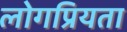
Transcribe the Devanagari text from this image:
लोगप्रियता